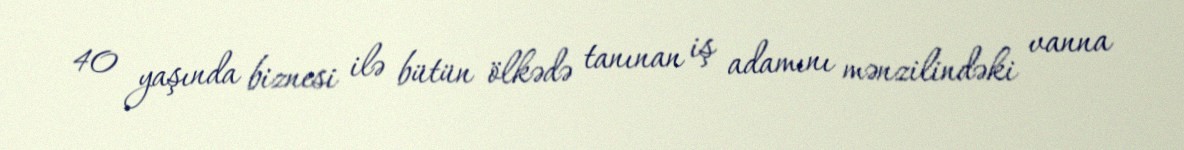
40 yaşında biznesi ilə bütün ölkədə tanınan iş adamını mənzilindəki vanna